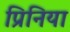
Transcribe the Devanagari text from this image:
प्रिनिया